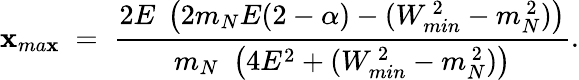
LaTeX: \mathbf{x}_{ma\mathbf{x}}\; =\; {\frac{{2E\; \left({2m_{N}E(2-\alpha)-(W_{min}^{\, 2}-m_{N}^{\, 2})}\right)}}{{m_{N}\, \, \left({4E^{2}+(W_{min}^{\, 2}-m_{N}^{\, 2})}\right)}}}.